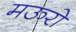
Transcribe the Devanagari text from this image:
मऊरो